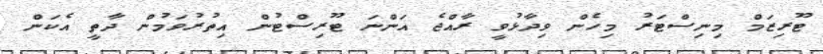
ޓޫރިޒަމް މިނިސްޓަރު މިހެން ވިދާޅުވީ ރާއްޖެ އަންނަ ޓޫރިސްޓުން އިތުރުވަމުން ދާތީ އެކަން